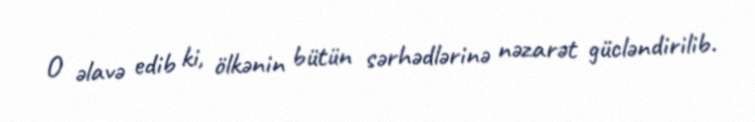
O əlavə edib ki, ölkənin bütün sərhədlərinə nəzarət gücləndirilib.